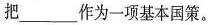
把___作为一项基本国策。